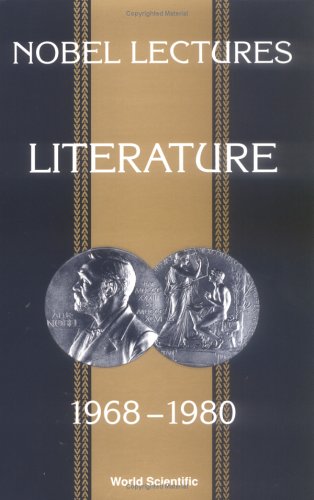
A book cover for Nobel Lectures in Literature, 1968-1980 (Nobel Lectures, Including Presentation Speeches and Laureate); Sture Allen; Literature & Fiction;